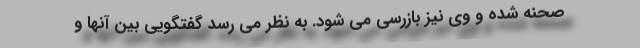
صحنه شده و وی نیز بازرسی می شود. به نظر می رسد گفتگویی بین آنها و